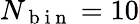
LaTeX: N_{\mathrm{~b~i~n~}}=10